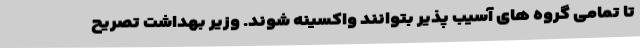
تا تمامی گروه های آسیب پذیر بتوانند واکسینه شوند. وزیر بهداشت تصریح